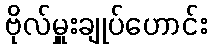
ဗိုလ်မှူးချုပ်ဟောင်း